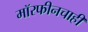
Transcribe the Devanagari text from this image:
मॉरफीनचाही